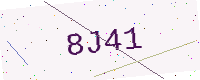
Text: 8J41